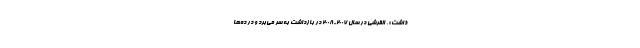
ذاشت». القرشی در سال ۲۰۰۷-۲۰۰۸ در بازداشت به سر می‌برد و در ده‌ها